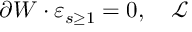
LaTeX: \partial W \cdot \varepsilon _ { s \geq 1 } = 0 , \quad \mathcal { L }